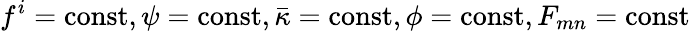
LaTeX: f^{i}=\mathrm{const},\psi=\mathrm{const},\bar{\kappa}=\mathrm{const},\phi=\mathrm{const},F_{mn}=\mathrm{const}